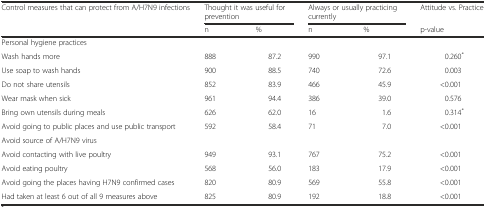
<table><thead><tr><td><b>Control measures that can protect from A/H7N9 infections</b></td><td colspan="2"><b>Thought it was useful for prevention</b></td><td colspan="2"><b>Always or usually practicing currently</b></td><td><b>Attitude vs. Practice</b></td></tr><tr><td></td><td><b>n</b></td><td><b>%</b></td><td><b>n</b></td><td><b>%</b></td><td><b>p-value</b></td></tr></thead><tbody><tr><td colspan="6">Personal hygiene practices</td></tr><tr><td>Wash hands more</td><td>888</td><td>87.2</td><td>990</td><td>97.1</td><td>0.260<sup>*</sup></td></tr><tr><td>Use soap to wash hands</td><td>900</td><td>88.5</td><td>740</td><td>72.6</td><td>0.003</td></tr><tr><td>Do not share utensils</td><td>852</td><td>83.9</td><td>466</td><td>45.9</td><td>&lt;0.001</td></tr><tr><td>Wear mask when sick</td><td>961</td><td>94.4</td><td>386</td><td>39.0</td><td>0.576</td></tr><tr><td>Bring own utensils during meals</td><td>626</td><td>62.0</td><td>16</td><td>1.6</td><td>0.314<sup>*</sup></td></tr><tr><td>Avoid going to public places and use public transport</td><td>592</td><td>58.4</td><td>71</td><td>7.0</td><td>&lt;0.001</td></tr><tr><td colspan="6">Avoid source of A/H7N9 virus</td></tr><tr><td>Avoid contacting with live poultry</td><td>949</td><td>93.1</td><td>767</td><td>75.2</td><td>&lt;0.001</td></tr><tr><td>Avoid eating poultry</td><td>568</td><td>56.0</td><td>183</td><td>17.9</td><td>&lt;0.001</td></tr><tr><td>Avoid going the places having H7N9 confirmed cases</td><td>820</td><td>80.9</td><td>569</td><td>55.8</td><td>&lt;0.001</td></tr><tr><td>Had taken at least 6 out of all 9 measures above</td><td>825</td><td>80.9</td><td>192</td><td>18.8</td><td>&lt;0.001</td></tr></tbody></table>